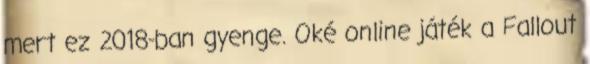
mert ez 2018-ban gyenge. Oké online játék a Fallout